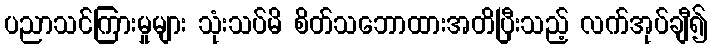
ပညာသင်ကြားမှုများ သုံးသပ်မိ စိတ်သဘောထားအတိပြီးသည့် လက်အုပ်ချီ၍